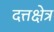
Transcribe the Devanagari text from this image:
दत्तक्षेत्र